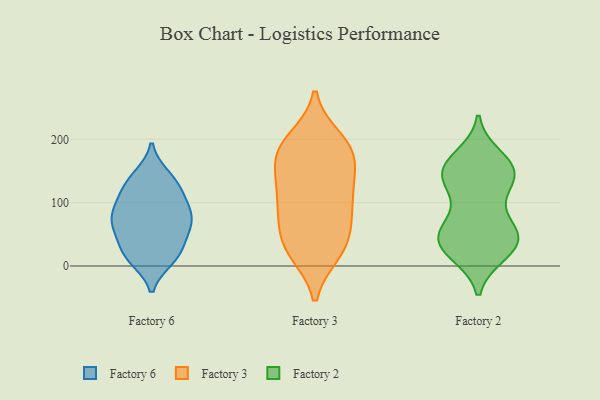
{"axis": {"x": "Churn Rate (%)", "y": "Value"}, "legend": ["Factory 2", "Factory 3", "Factory 6"], "data": [{"x": "", "y": 12, "type": "Factory 6"}, {"x": "", "y": 72, "type": "Factory 6"}, {"x": "", "y": 39, "type": "Factory 6"}, {"x": "", "y": 96, "type": "Factory 6"}, {"x": "", "y": 22, "type": "Factory 6"}, {"x": "", "y": 115, "type": "Factory 6"}, {"x": "", "y": 110, "type": "Factory 6"}, {"x": "", "y": 132, "type": "Factory 6"}, {"x": "", "y": 72, "type": "Factory 6"}, {"x": "", "y": 93, "type": "Factory 6"}, {"x": "", "y": 15, "type": "Factory 6"}, {"x": "", "y": 68, "type": "Factory 6"}, {"x": "", "y": 142, "type": "Factory 6"}, {"x": "", "y": 72, "type": "Factory 6"}, {"x": "", "y": 137, "type": "Factory 6"}, {"x": "", "y": 68, "type": "Factory 6"}, {"x": "", "y": 45, "type": "Factory 6"}, {"x": "", "y": 11, "type": "Factory 6"}, {"x": "", "y": 105, "type": "Factory 3"}, {"x": "", "y": 111, "type": "Factory 3"}, {"x": "", "y": 21, "type": "Factory 3"}, {"x": "", "y": 192, "type": "Factory 3"}, {"x": "", "y": 114, "type": "Factory 3"}, {"x": "", "y": 65, "type": "Factory 3"}, {"x": "", "y": 35, "type": "Factory 3"}, {"x": "", "y": 130, "type": "Factory 3"}, {"x": "", "y": 72, "type": "Factory 3"}, {"x": "", "y": 23, "type": "Factory 3"}, {"x": "", "y": 187, "type": "Factory 3"}, {"x": "", "y": 160, "type": "Factory 3"}, {"x": "", "y": 150, "type": "Factory 3"}, {"x": "", "y": 181, "type": "Factory 3"}, {"x": "", "y": 200, "type": "Factory 3"}, {"x": "", "y": 73, "type": "Factory 3"}, {"x": "", "y": 25, "type": "Factory 3"}, {"x": "", "y": 180, "type": "Factory 3"}, {"x": "", "y": 158, "type": "Factory 2"}, {"x": "", "y": 35, "type": "Factory 2"}, {"x": "", "y": 28, "type": "Factory 2"}, {"x": "", "y": 138, "type": "Factory 2"}, {"x": "", "y": 172, "type": "Factory 2"}, {"x": "", "y": 41, "type": "Factory 2"}, {"x": "", "y": 138, "type": "Factory 2"}, {"x": "", "y": 51, "type": "Factory 2"}, {"x": "", "y": 57, "type": "Factory 2"}, {"x": "", "y": 22, "type": "Factory 2"}, {"x": "", "y": 136, "type": "Factory 2"}, {"x": "", "y": 155, "type": "Factory 2"}, {"x": "", "y": 76, "type": "Factory 2"}, {"x": "", "y": 112, "type": "Factory 2"}, {"x": "", "y": 52, "type": "Factory 2"}, {"x": "", "y": 158, "type": "Factory 2"}, {"x": "", "y": 20, "type": "Factory 2"}, {"x": "", "y": 46, "type": "Factory 2"}, {"x": "", "y": 147, "type": "Factory 2"}]}